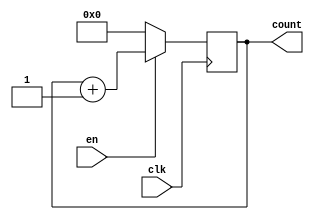
module custom_gen_counter
#(
	parameter DATA_WIDTH = 5
)
(
	input clk,
	input en,
	output [DATA_WIDTH - 1:0] count
);

	reg [DATA_WIDTH - 1:0] int_count = {DATA_WIDTH{1'b0}};

	always @(posedge clk)
	begin
		if(!en)
		begin
			int_count = 0;
		end
		else
		begin
			int_count = int_count + 1;
		end
	end

	assign count = int_count;
endmodule